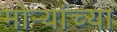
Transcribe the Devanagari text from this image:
मोर्‍यांच्या